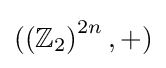
(\left(\mathbb {Z} _{2}\right)^{2n},+)